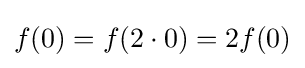
f(0)=f(2\cdot 0)=2f(0)